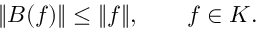
\| B ( f ) \| \le \| f \| , \qquad f \in { \cal K } .